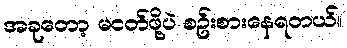
အခုတော့ မငတ်ဖို့ပဲ စဥ်းစားနေရတယ်။